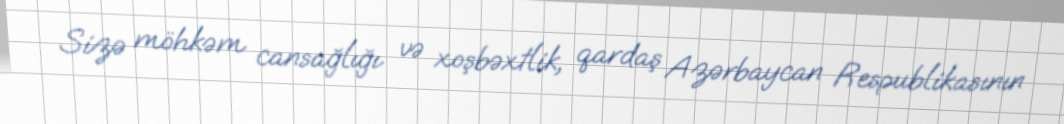
Sizə möhkəm cansağlığı və xoşbəxtlik, qardaş Azərbaycan Respublikasının